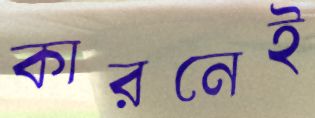
কারনেই